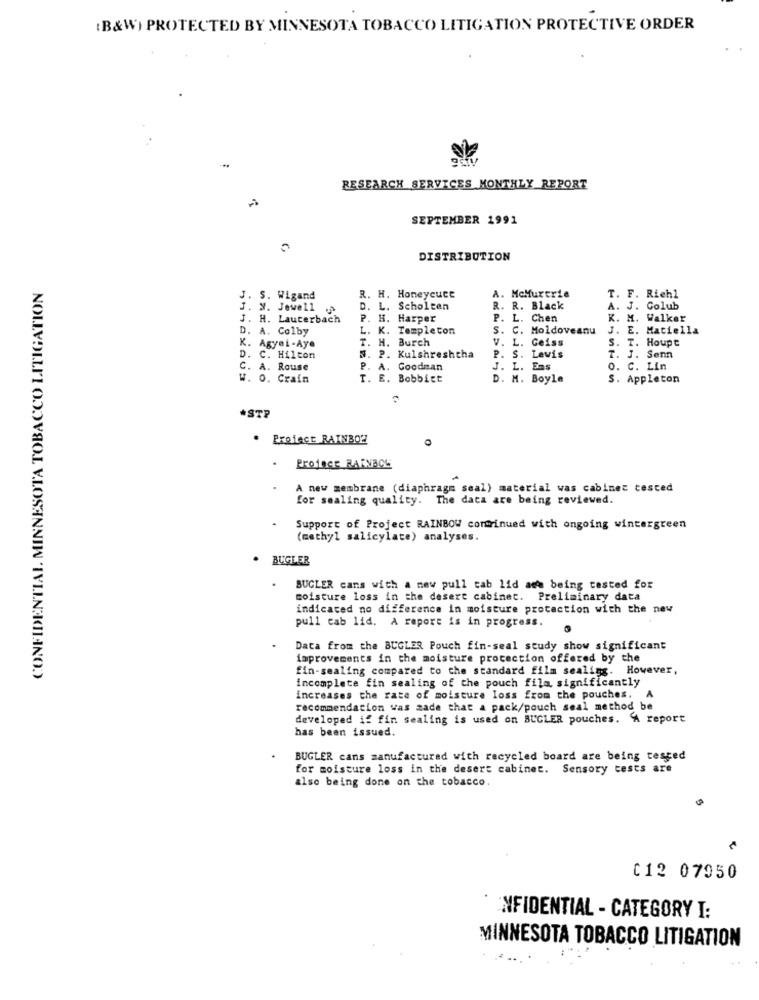
(B&W) PROTECTED BY MINNESOTA TOBACCO LITIGATION PROTECTIVE ORDER
RESEARCH SERVICES MONTHLY REPORT
SEPTEMBER 1991
DISTRIBUTION
CONFIDENTIAL MINNESOTA TOBACCO LITIGATION
A. McMurtrie
J. S. Wigand
R. H. Honeycutt
T. F. Riehl
J. X. Jewell
D. L. Scholten
R. R. Black
A. J. Colub
J. H. Lauterbach
P. H. Harper
P. L. Chen
K. M. Walker
D. A. Colby
L. K. Templeton
S. C. Moldoveanu
J. E. Maciella
T. H. Burch
V. L. Geiss
S. T. Houpt
K. Agyei-Aye
D. C. Hilton
N. P. Kulshreshtha
P. S. Lewis
T. J. Senn
C. A. Rouse
P. A. Goodman
J. L. Ens
o. C. Lin
W. O. Crain
T. E. Bobbict
D. M. Boyle
S. Appleton
*STP
. Project RAINBOW
0
ProjecE RAINBOL
A new membrane (diaphragm seal) material was cabinet tested
for sealing quality. The data are being reviewed.
Support of Project RAINBOW continued with ongoing wintergreen
(methyl salicylate) analyses.
BUGLER
BUGLER cans with a new pull tab lid ade being tested for
moisture loss in the desert cabinet. Preliminary data
indicated no difference in moisture protection with the new
pull cab lid. A report is in progress.
Data from the BUGLER Pouch fin-seal study show significant
improvements in the moisture protection offered by the
fin-sealing compared to the standard film sealing. However,
incomplete fin sealing of the pouch fila significantly
increases the rate of moisture loss from the pouches. A
recommendation was zade that a pack/pouch seal method be
developed if fin sealing is used on BUGLER pouches. A report
has been issued.
BUGLER cans manufactured with recycled board are being tested
for moisture loss in the desert cabinet. Sensory tests are
also being done on the tobacco.
C12 07950
NFIDENTIAL - CATEGORY I:
MINNESOTA TOBACCO LITIGATION